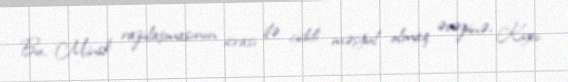
Bu, Minsk razılaşmasının icrası ilə ciddi məşğul olmaq əvəzinə, Kiyev